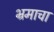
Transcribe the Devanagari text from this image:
भ्रमाचा